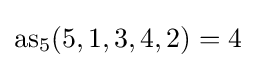
{\rm {as}}_{5}(5,1,3,4,2)=4